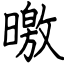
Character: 曒